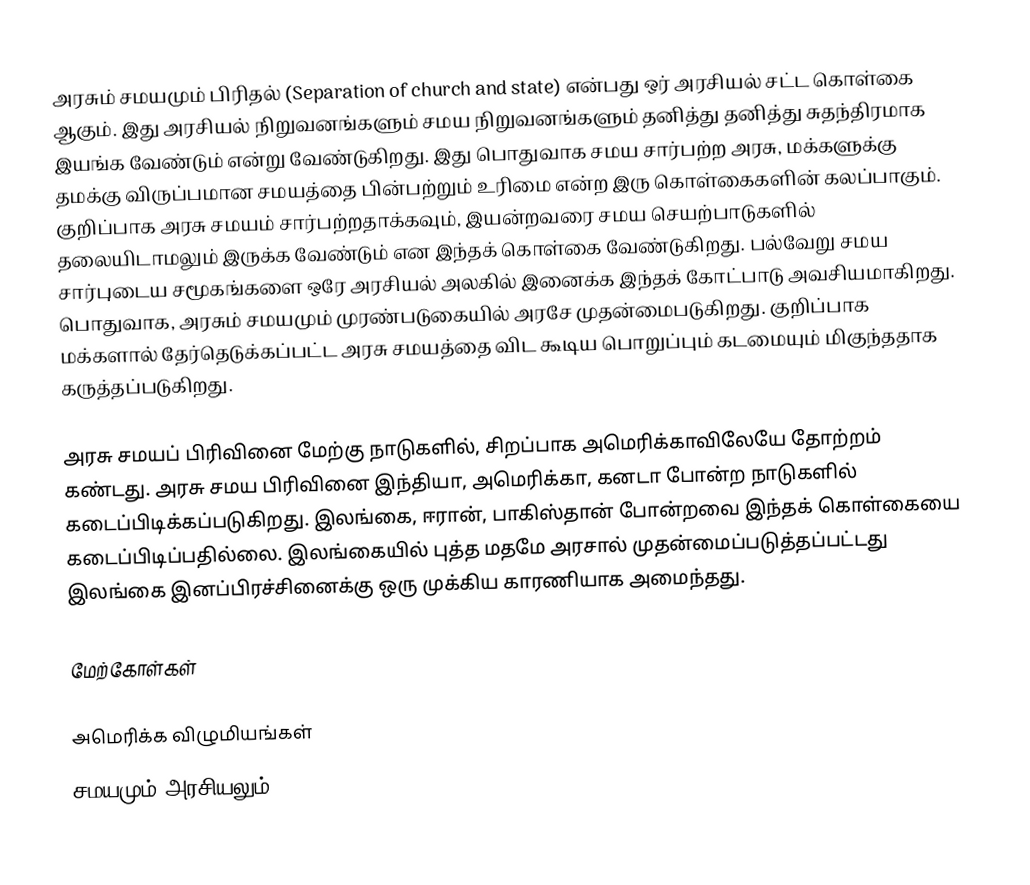
அரசும் சமயமும் பிரிதல் (Separation of church and state) என்பது ஒர் அரசியல் சட்ட கொள்கை ஆகும். இது அரசியல் நிறுவனங்களும் சமய நிறுவனங்களும் தனித்து தனித்து சுதந்திரமாக இயங்க வேண்டும் என்று வேண்டுகிறது. இது பொதுவாக சமய சார்பற்ற அரசு, மக்களுக்கு தமக்கு விருப்பமான சமயத்தை பின்பற்றும் உரிமை என்ற இரு கொள்கைகளின் கலப்பாகும். குறிப்பாக அரசு சமயம் சார்பற்றதாக்கவும், இயன்றவரை சமய செயற்பாடுகளில் தலையிடாமலும் இருக்க வேண்டும் என இந்தக் கொள்கை வேண்டுகிறது.  பல்வேறு சமய சார்புடைய சமூகங்களை ஒரே அரசியல் அலகில் இனைக்க இந்தக் கோட்பாடு அவசியமாகிறது.  பொதுவாக, அரசும் சமயமும் முரண்படுகையில் அரசே முதன்மைபடுகிறது.  குறிப்பாக மக்களால் தேர்தெடுக்கப்பட்ட அரசு சமயத்தை விட கூடிய பொறுப்பும் கடமையும் மிகுந்ததாக கருத்தப்படுகிறது.

அரசு சமயப் பிரிவினை மேற்கு நாடுகளில், சிறப்பாக அமெரிக்காவிலேயே தோற்றம் கண்டது. அரசு சமய பிரிவினை இந்தியா, அமெரிக்கா, கனடா போன்ற நாடுகளில் கடைப்பிடிக்கப்படுகிறது. இலங்கை, ஈரான், பாகிஸ்தான் போன்றவை இந்தக் கொள்கையை கடைப்பிடிப்பதில்லை. இலங்கையில் புத்த மதமே அரசால் முதன்மைப்படுத்தப்பட்டது இலங்கை இனப்பிரச்சினைக்கு ஒரு முக்கிய காரணியாக அமைந்தது.

மேற்கோள்கள்

அமெரிக்க விழுமியங்கள்
சமயமும் அரசியலும்